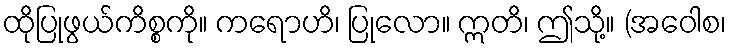
ထိုပြုဖွယ်ကိစ္စကို။ ကရောဟိ၊ ပြုလော။ ဣတိ၊ ဤသို့။ (အဝေါစ၊